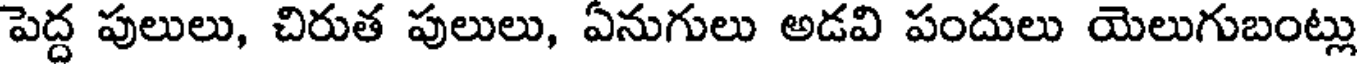
పెద్ద పులులు, చిరుత పులులు, ఏనుగులు అడవి పందులు యెలుగుబంట్లు